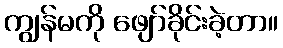
ကျွန်မကို ဖျော်ခိုင်းခဲ့တာ။